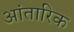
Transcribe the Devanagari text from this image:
आंतारिक